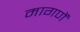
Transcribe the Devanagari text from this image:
मागणें